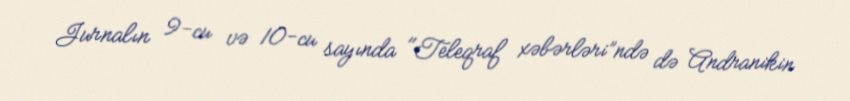
Jurnalın 9-cu və 10-cu sayında "Teleqraf xəbərləri”ndə də Andranikin